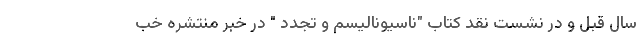
سال قبل و در نشست نقد کتاب "ناسیونالیسم و تجدد " در خبر منتشره خب